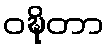
ဝဍ္ဎိတာ